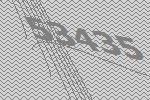
53435